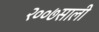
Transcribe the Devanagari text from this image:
२००७साली